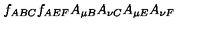
f _ { A B C } f _ { A E F } A _ { \mu B } A _ { \nu C } A _ { \mu E } A _ { \nu F }